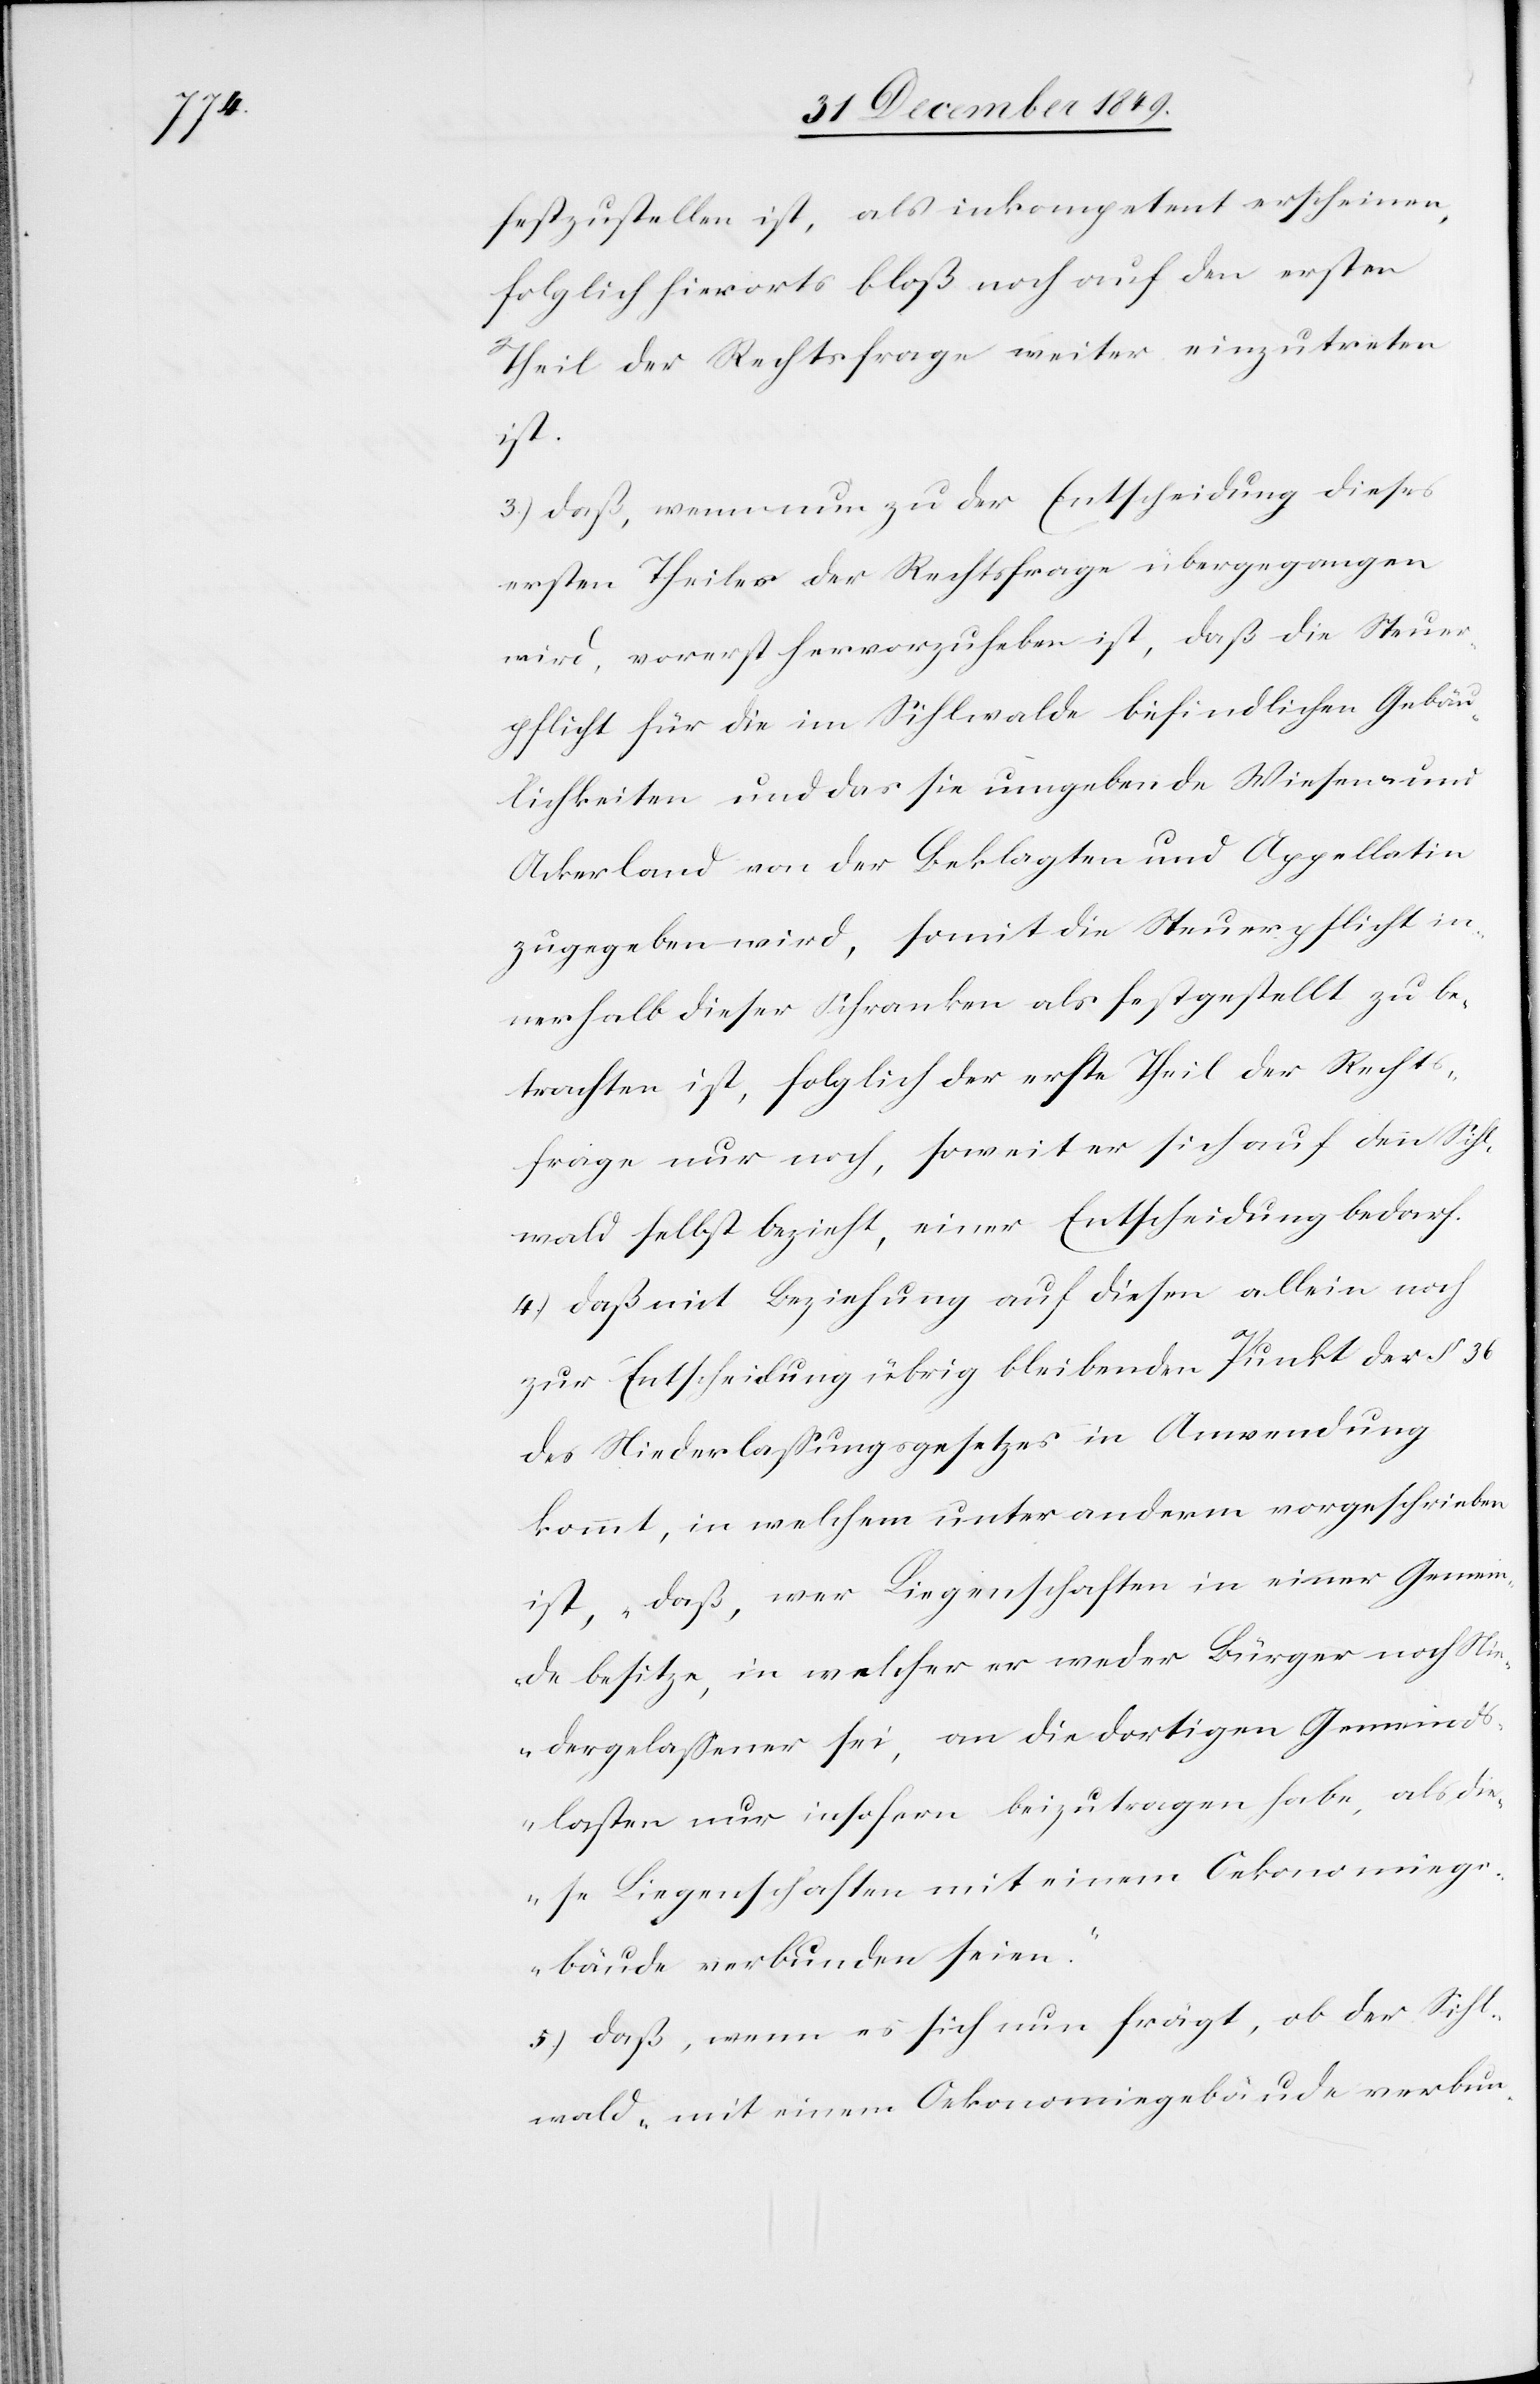
festzustellen ist, als inkompetent erscheinen,
folglich hierorts bloß noch auf den ersten
Theil der Rechtsfrage weiter einzutreten
ist.
3.) daß, wenn nun zu der Entscheidung dieses
ersten Theiles der Rechtsfrage übergegangen
wird, vorerst hervorzuheben ist, daß die Steuer¬
pflicht für die im Sihlwalde befindlichen Gebäu¬
lichkeiten und das sie umgebende Wiesen- und
Ackerland von der Beklagten und Appellatin
zugegeben wird, somit die Steuerpflicht in¬
nerhalb dieser Schranken als festgestellt zu be¬
trachten ist, folglich der erste Theil der Rechts¬
frage nur noch, soweit er sich auf den Sihl¬
wald selbst bezieht, einer Entscheidung bedarf.
4.) daß mit Beziehung auf diesen allein noch
zur Entscheidung übrig bleibenden Punkt des § 36
des Niederlaßungesetzes in Anwendung
kommt, in welchem unter anderm vorgeschrieben
ist, „daß, wer Liegenschaften in einer Gemein¬
de besitze, in welcher er weder Bürger noch Nie¬
dergelaßener sei, an die dortigen Gemeind¬
slasten nur insofern beizutragen habe, als die¬
se Liegenschaften mit einem Oekonomiege¬
bäude verbunden seien.“
5.) daß, wenn es sich nun frägt, ob der Sihl¬
wald „mit einem Oekonomiegebäude verbun-